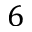
6